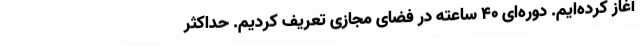
آغاز کرده‌ایم. دوره‌ای 40 ساعته در فضای مجازی تعریف کردیم. حداکثر